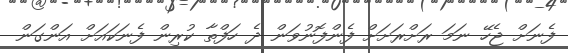
ފެނަށް ޖެހޭ ނަމަ ރަށްރަށަށް ފެންފޮނުވަން ދެ ހަފްތާ ކުުރިން ފެނަކައަށް އަންގަން